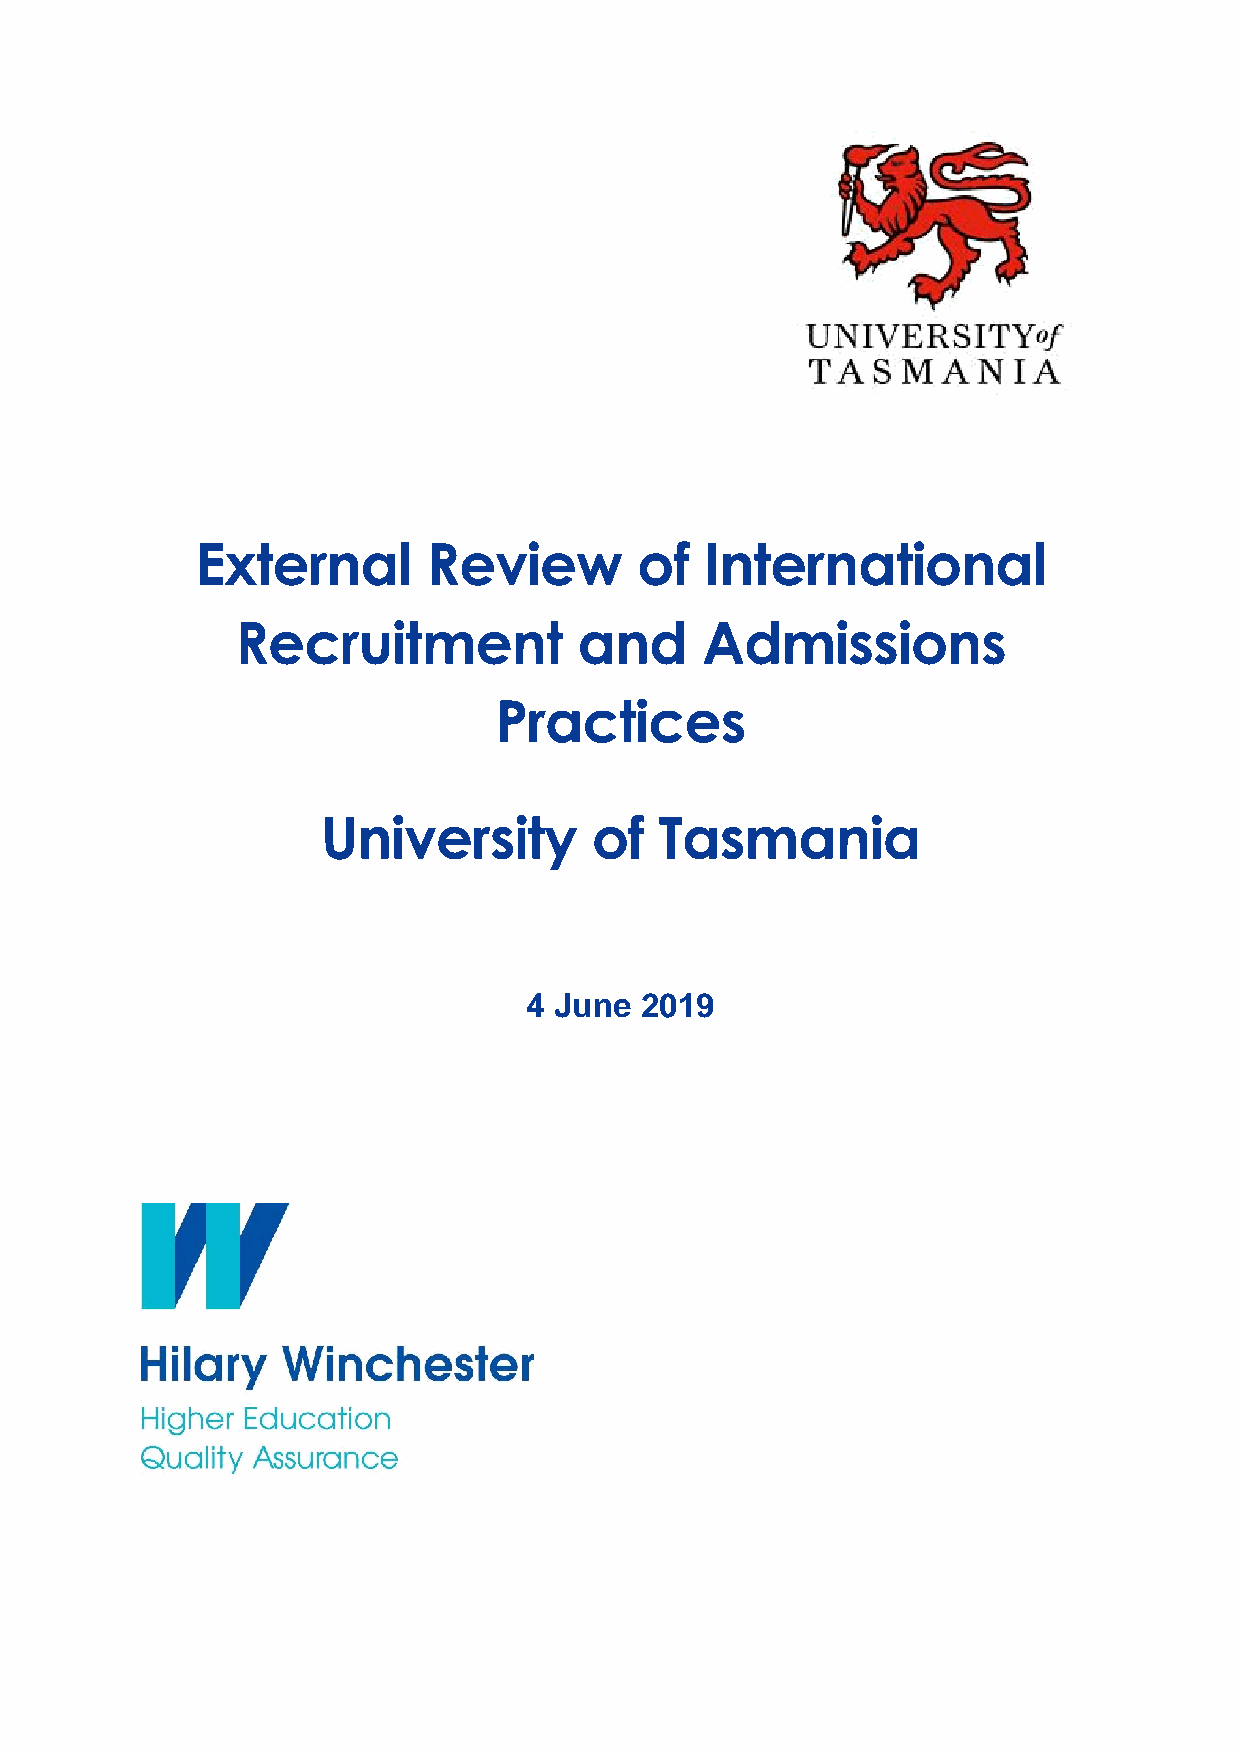
External       Review        of   International
 Recruitment           and     Admissions
 Practices
 University        of   Tasmania
 4 June 2019